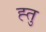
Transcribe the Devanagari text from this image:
ह्तु